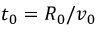
t _ { 0 } = R _ { 0 } / v _ { 0 }